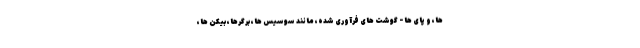
ها، و پای ها - گوشت های فرآوری شده، مانند سوسیس ها، برگرها، بیکن ها،